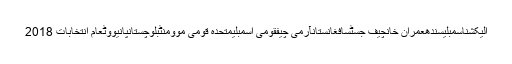
الیکشناسمبلیسندھعمران خانچیف جسٹسافغانستانآرمی چیفقومی اسمبلیمتحدہ قومی موومنٹبلوچستانپانیووٹعام انتخابات 2018